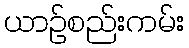
ယာဉ်စည်းကမ်း